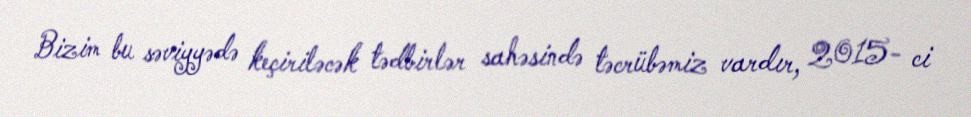
Bizim bu səviyyədə keçiriləcək tədbirlər sahəsində təcrübəmiz vardır, 2015- ci